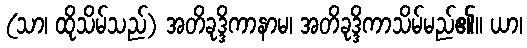
(သာ၊ ထိုသိမ်သည်) အတိခုဒ္ဒိကာနာမ၊ အတိခုဒ္ဒိကာသိမ်မည်၏။ ယာ၊